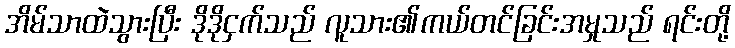
အိမ်သာထဲသွားပြီး ဒိုဒိုငှက်သည် လူသား၏ကယ်တင်ခြင်းအမှုသည် ရင်းတို့